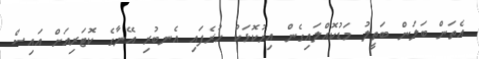
އެތަން ބަލަން ބަތީލު މަޑުކޮއްލައިގެން އިރުކޮޅަކު ހުރެފައި އެނބުރި އޭނާގެ ކޮޓަރިއަށް އައިސް